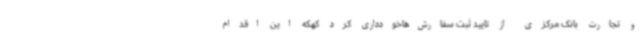
و تجارت بانک مرکزی از تایید ثبت سفارش‌هاخودداری کرد کهکه این اقدام